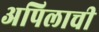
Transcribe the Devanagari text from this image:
अपिलाची